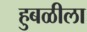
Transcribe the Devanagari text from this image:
हुबळीला